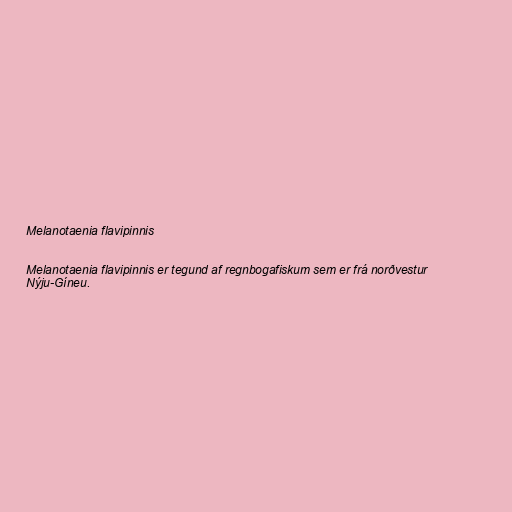
Melanotaenia flavipinnis

Melanotaenia flavipinnis er tegund af regnbogafiskum sem er frá norðvestur
Nýju-Gíneu.